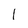
Character: 1